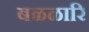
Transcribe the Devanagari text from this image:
बळळारि